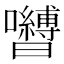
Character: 𭌺